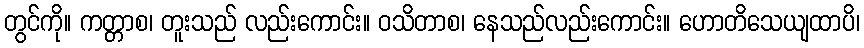
တွင်ကို။ ကတ္တာစ၊ တူးသည် လည်းကောင်း။ ဝသိတာစ၊ နေသည်လည်းကောင်း။ ဟောတိသေယျထာပိ၊